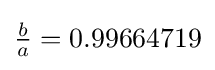
{\textstyle {\tfrac {b}{a}}=0.99664719}